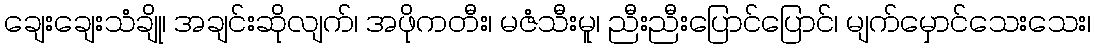
ချေးချေးသံချို၊ အချင်းဆိုလျက်၊ အဖိုကတီး၊ မဇံသီးမူ၊ ညီးညီးပြောင်ပြောင်၊ မျက်မှောင်သေးသေး၊